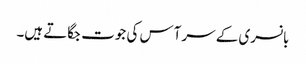
بانسری کے سر آس کی جوت جگاتے ہیں۔